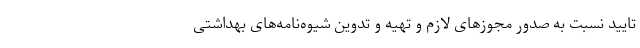
تایید نسبت به صدور مجوزهای لازم و تهیه و تدوین شیوه‌نامه‌های بهداشتی